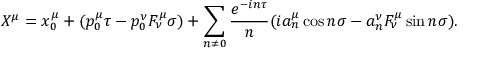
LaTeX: X ^ { \mu } = x _ { 0 } ^ { \mu } + ( p _ { 0 } ^ { \mu } \tau - p _ { 0 } ^ { \nu } F _ { \nu } ^ { \mu } \sigma ) + \sum _ { n \neq 0 } { \frac { e ^ { - i n \tau } } { n } } ( i a _ { n } ^ { \mu } \cos n \sigma - a _ { n } ^ { \nu } F _ { \nu } ^ { \mu } \sin n \sigma ) .